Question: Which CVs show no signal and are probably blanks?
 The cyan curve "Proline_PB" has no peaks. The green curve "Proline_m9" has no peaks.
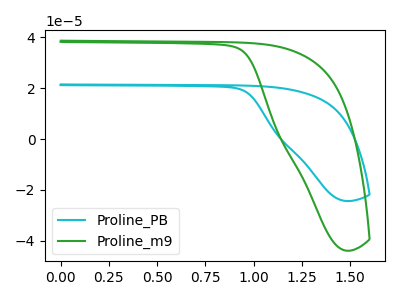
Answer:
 <answer>"Proline_PB" and "Proline_m9" are likely to be blanks.</answer>
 <eval>"Proline_PB", "Proline_m9"</eval>